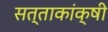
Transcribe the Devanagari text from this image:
सत्ताकांक्षी